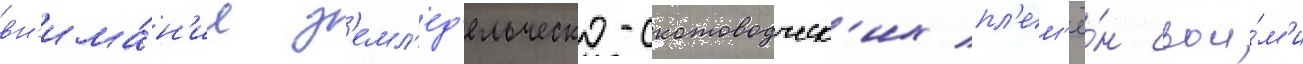
вн'има́н'ие з'емл'ед'ельческо-скотоводческ'их пл'ем'ё́н свои́м'и